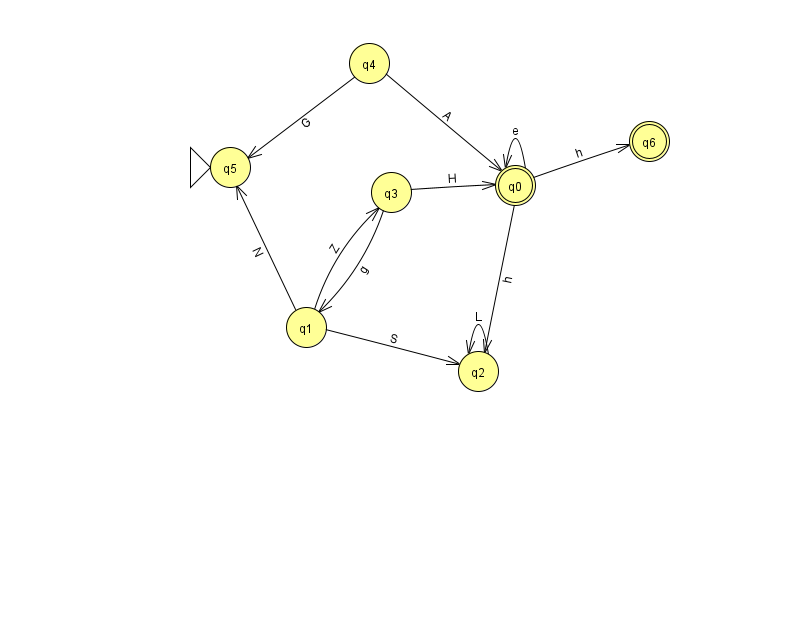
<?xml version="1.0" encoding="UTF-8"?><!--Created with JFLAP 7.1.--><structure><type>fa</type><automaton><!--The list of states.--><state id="0" name="q0"><x>515.0</x><y>172.0</y><final/></state><state id="1" name="q1"><x>306.0</x><y>314.0</y></state><state id="2" name="q2"><x>478.0</x><y>358.0</y></state><state id="3" name="q3"><x>391.0</x><y>179.0</y></state><state id="4" name="q4"><x>369.0</x><y>50.0</y></state><state id="5" name="q5"><x>230.0</x><y>154.0</y><initial/></state><state id="6" name="q6"><x>649.0</x><y>128.0</y><final/></state><!--The list of transitions.--><transition><from>4</from><to>0</to><read>A</read></transition><transition><from>1</from><to>3</to><read>Z</read></transition><transition><from>1</from><to>2</to><read>S</read></transition><transition><from>0</from><to>0</to><read>e</read></transition><transition><from>0</from><to>2</to><read>h</read></transition><transition><from>3</from><to>0</to><read>H</read></transition><transition><from>2</from><to>2</to><read>L</read></transition><transition><from>4</from><to>5</to><read>G</read></transition><transition><from>0</from><to>6</to><read>h</read></transition><transition><from>3</from><to>1</to><read>g</read></transition><transition><from>1</from><to>5</to><read>N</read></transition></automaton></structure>